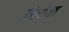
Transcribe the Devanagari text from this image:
जिरोल